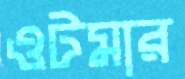
ওটমার